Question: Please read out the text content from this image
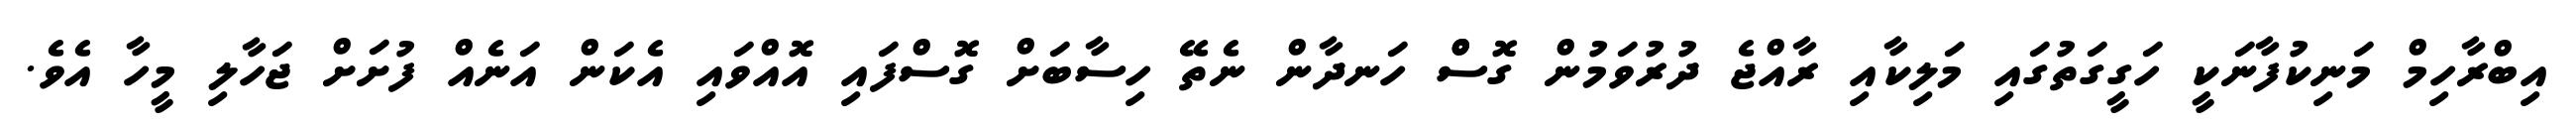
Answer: އިބްރާހިމް މަނިކުފާނަކީ ހަގީގަތުގައި މަލިކާއި ރާއްޖެ ދުރުވަމުން ގޮސްް ހަނދާން ނެތޭ ހިސާބަށް ގޮސްފައި އޮއްވައި އެކަން އަނެއް ފުށަށް ޖަހާލި މީހާ އެވެ.